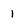
Character: 1